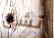
تشق